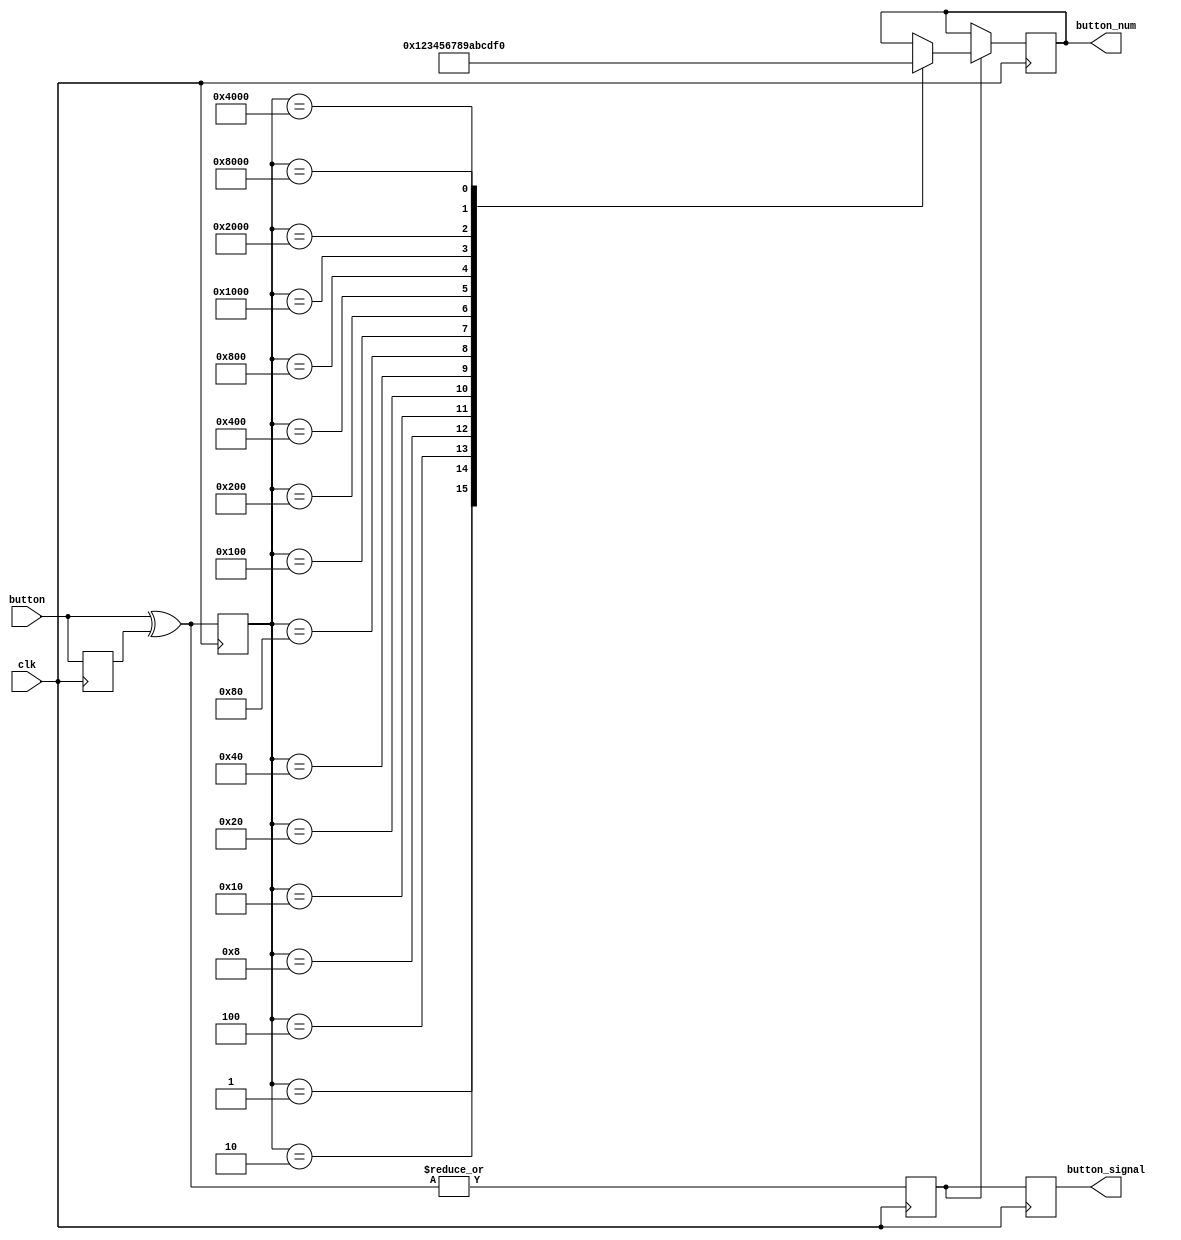
`timescale 1ns / 1ps
module signal_edge(
    input clk,
    input [15:0] button,
    output reg [3:0] button_num,
    output reg button_signal
);

reg [15:0] button_r1;
reg [15:0] button_edge;// 
reg button_signal_1;

always@(posedge clk) begin
    button_r1 <= button;
    button_edge <= button ^ button_r1;
    button_signal_1 <= | (button ^ button_r1);//  button_num, button_edge 
    button_signal <= button_signal_1;//  signal  button_num 
end


//
always @(posedge clk) begin
    if(!button_signal_1) button_num <= button_num;
    else begin
        case(button_edge)
        16'h1: button_num <= 4'h0;
        16'h2: button_num <= 4'h1;
        16'h4: button_num <= 4'h2;
        16'h8: button_num <= 4'h3;
        16'h10: button_num <= 4'h4;
        16'h20: button_num <= 4'h5;
        16'h40: button_num <= 4'h6;
        16'h80: button_num <= 4'h7;
        16'h100: button_num <= 4'h8;
        16'h200: button_num <= 4'h9;
        16'h400: button_num <= 4'hA;
        16'h800: button_num <= 4'hB;
        16'h1000: button_num <= 4'hC;
        16'h2000: button_num <= 4'hD;
        16'h4000: button_num <= 4'hE;
        16'h8000: button_num <= 4'hF;
        default : button_num <= button_num;         
    endcase
    end
    
end

endmodule